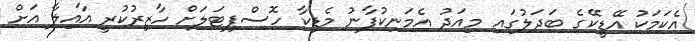
އެކަމަކު އޭޑީކޭގެ ބަދަލުގައި މިއަދު އެމަނިކުފާނު މެޑިކާ ހޮސްޕިޓަލަށް ހާޒިރުކުރީ އާއިލާ އަށް